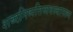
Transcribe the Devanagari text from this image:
शब्दनिष्पत्तिव्यवस्थानरूप